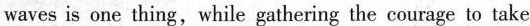
waves is one thing,while gathering the courage to take